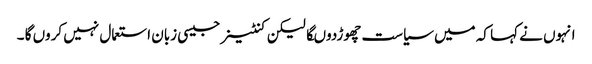
انہوں نے کہا کہ میں سیاست چھوڑدوںگا لیکن کنٹینر جیسی زبان استعمال نہیں کروں گا ۔